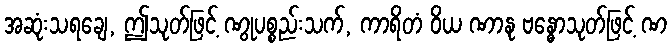
အဆုံးသရချေ, ဤသုတ်ဖြင့် ဏွုပစ္စည်းသက်, ကာရိတံ ဝိယ ဏာနု ဗန္ဓောသုတ်ဖြင့် ဏ